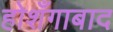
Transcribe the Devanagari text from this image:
होशँगाबाद